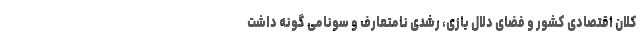
کلان اقتصادی کشور و فضای دلال بازی، رشدی نامتعارف و سونامی گونه داشت